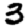
Digit: 3